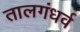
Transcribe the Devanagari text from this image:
तालगंधर्व